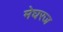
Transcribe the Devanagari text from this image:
मेघरज